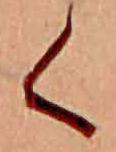
く